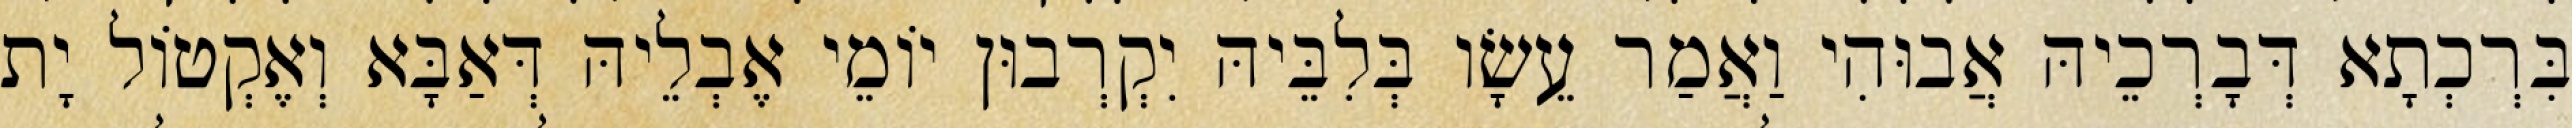
בִּרְכְתָא דְּבָרְכֵיהּ אֲבוּהִי וַאֲמַר עֵשָׂו בְּלִבֵּיהּ יִקְרְבוּן יוֹמֵי אֶבְלֵיהּ דְּאַבָּא וְאֶקְטוֹל יָת